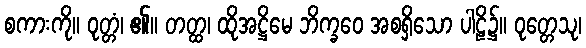
စကားကို။ ဝုတ္တံ၊ ၏။ တတ္ထ၊ ထိုအဋ္ဌိမေ ဘိက္ခဝေ အစရှိသော ပါဠိ၌။ ဝုတ္တေသု၊